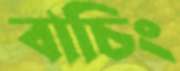
বাচিং